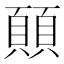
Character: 𩔊